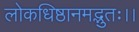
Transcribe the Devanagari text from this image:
लोकधिष्ठानमद्भुतः।।